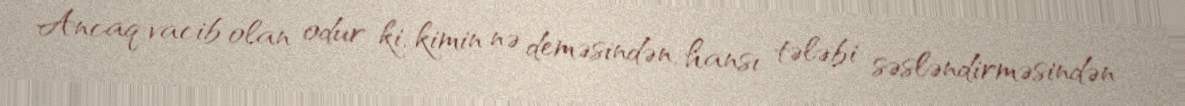
Ancaq vacib olan odur ki, kimin nə deməsindən, hansı tələbi səsləndirməsindən